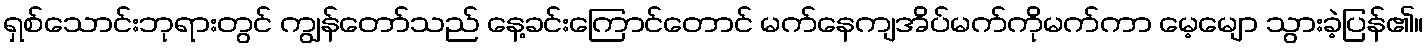
ရှစ်သောင်းဘုရားတွင် ကျွန်တော်သည် နေ့ခင်းကြောင်တောင် မက်နေကျအိပ်မက်ကိုမက်ကာ မေ့မျော သွားခဲ့ပြန်၏။